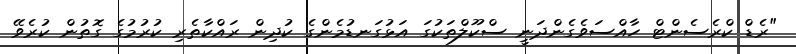
"ރެޑް ކްރެސެންޓް ހާއްސަވެގެންދަނީ ސްކޫލްތަކުގަ އަޅުގަނޑުމެންގެ ކުދިން ރައްކާތެރި ކުރުމުގެ ގޮތުން ކުރެވޭ